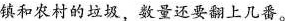
镇和农村的垃圾，数量还要翻上几番。